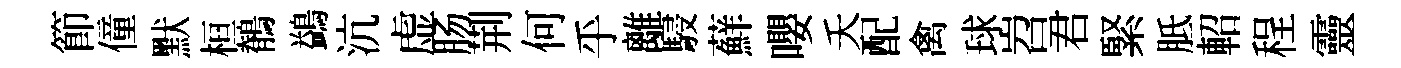
節僮默桓鶺鷁沆虚肠荆何乎離駸蘚嚶夭配禽球岧君緊胝軺程靈